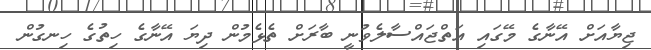
ޖިޔާއަށް އޭނާގެ މޭގައި އަތްޖައްސާލެވުނީ ބާރަށް ތެޅެމުން ދިޔަ އޭނާގެ ހިތުގެ ހިނގުން